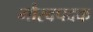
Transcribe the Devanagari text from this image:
गौरवपदक